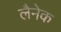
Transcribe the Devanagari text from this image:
लैनेक